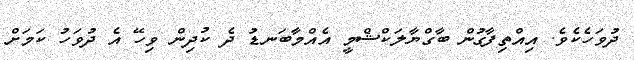
ދުވަހެކެވެ. އިއްތިފާގުން ބާގްޔާލަކްޝްމީ އެއްމާބަނޑު ދެ ކުދިން ވިހޭ އެ ދުވަހު ކަމަށް